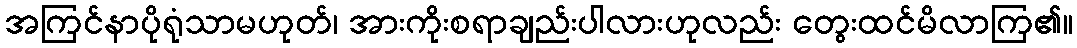
အကြင်နာပိုရုံသာမဟုတ်၊ အားကိုးစရာချည်းပါလားဟုလည်း တွေးထင်မိလာကြ၏။